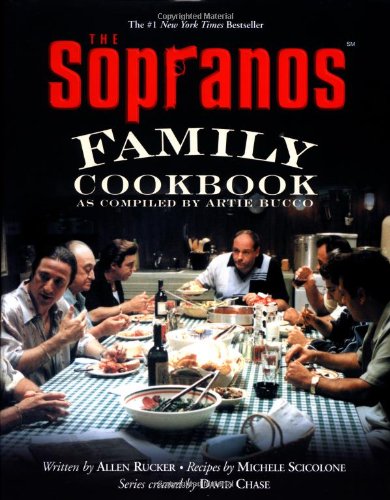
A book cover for The Sopranos Family Cookbook: As Compiled by Artie Bucco; Artie Bucco; Humor & Entertainment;